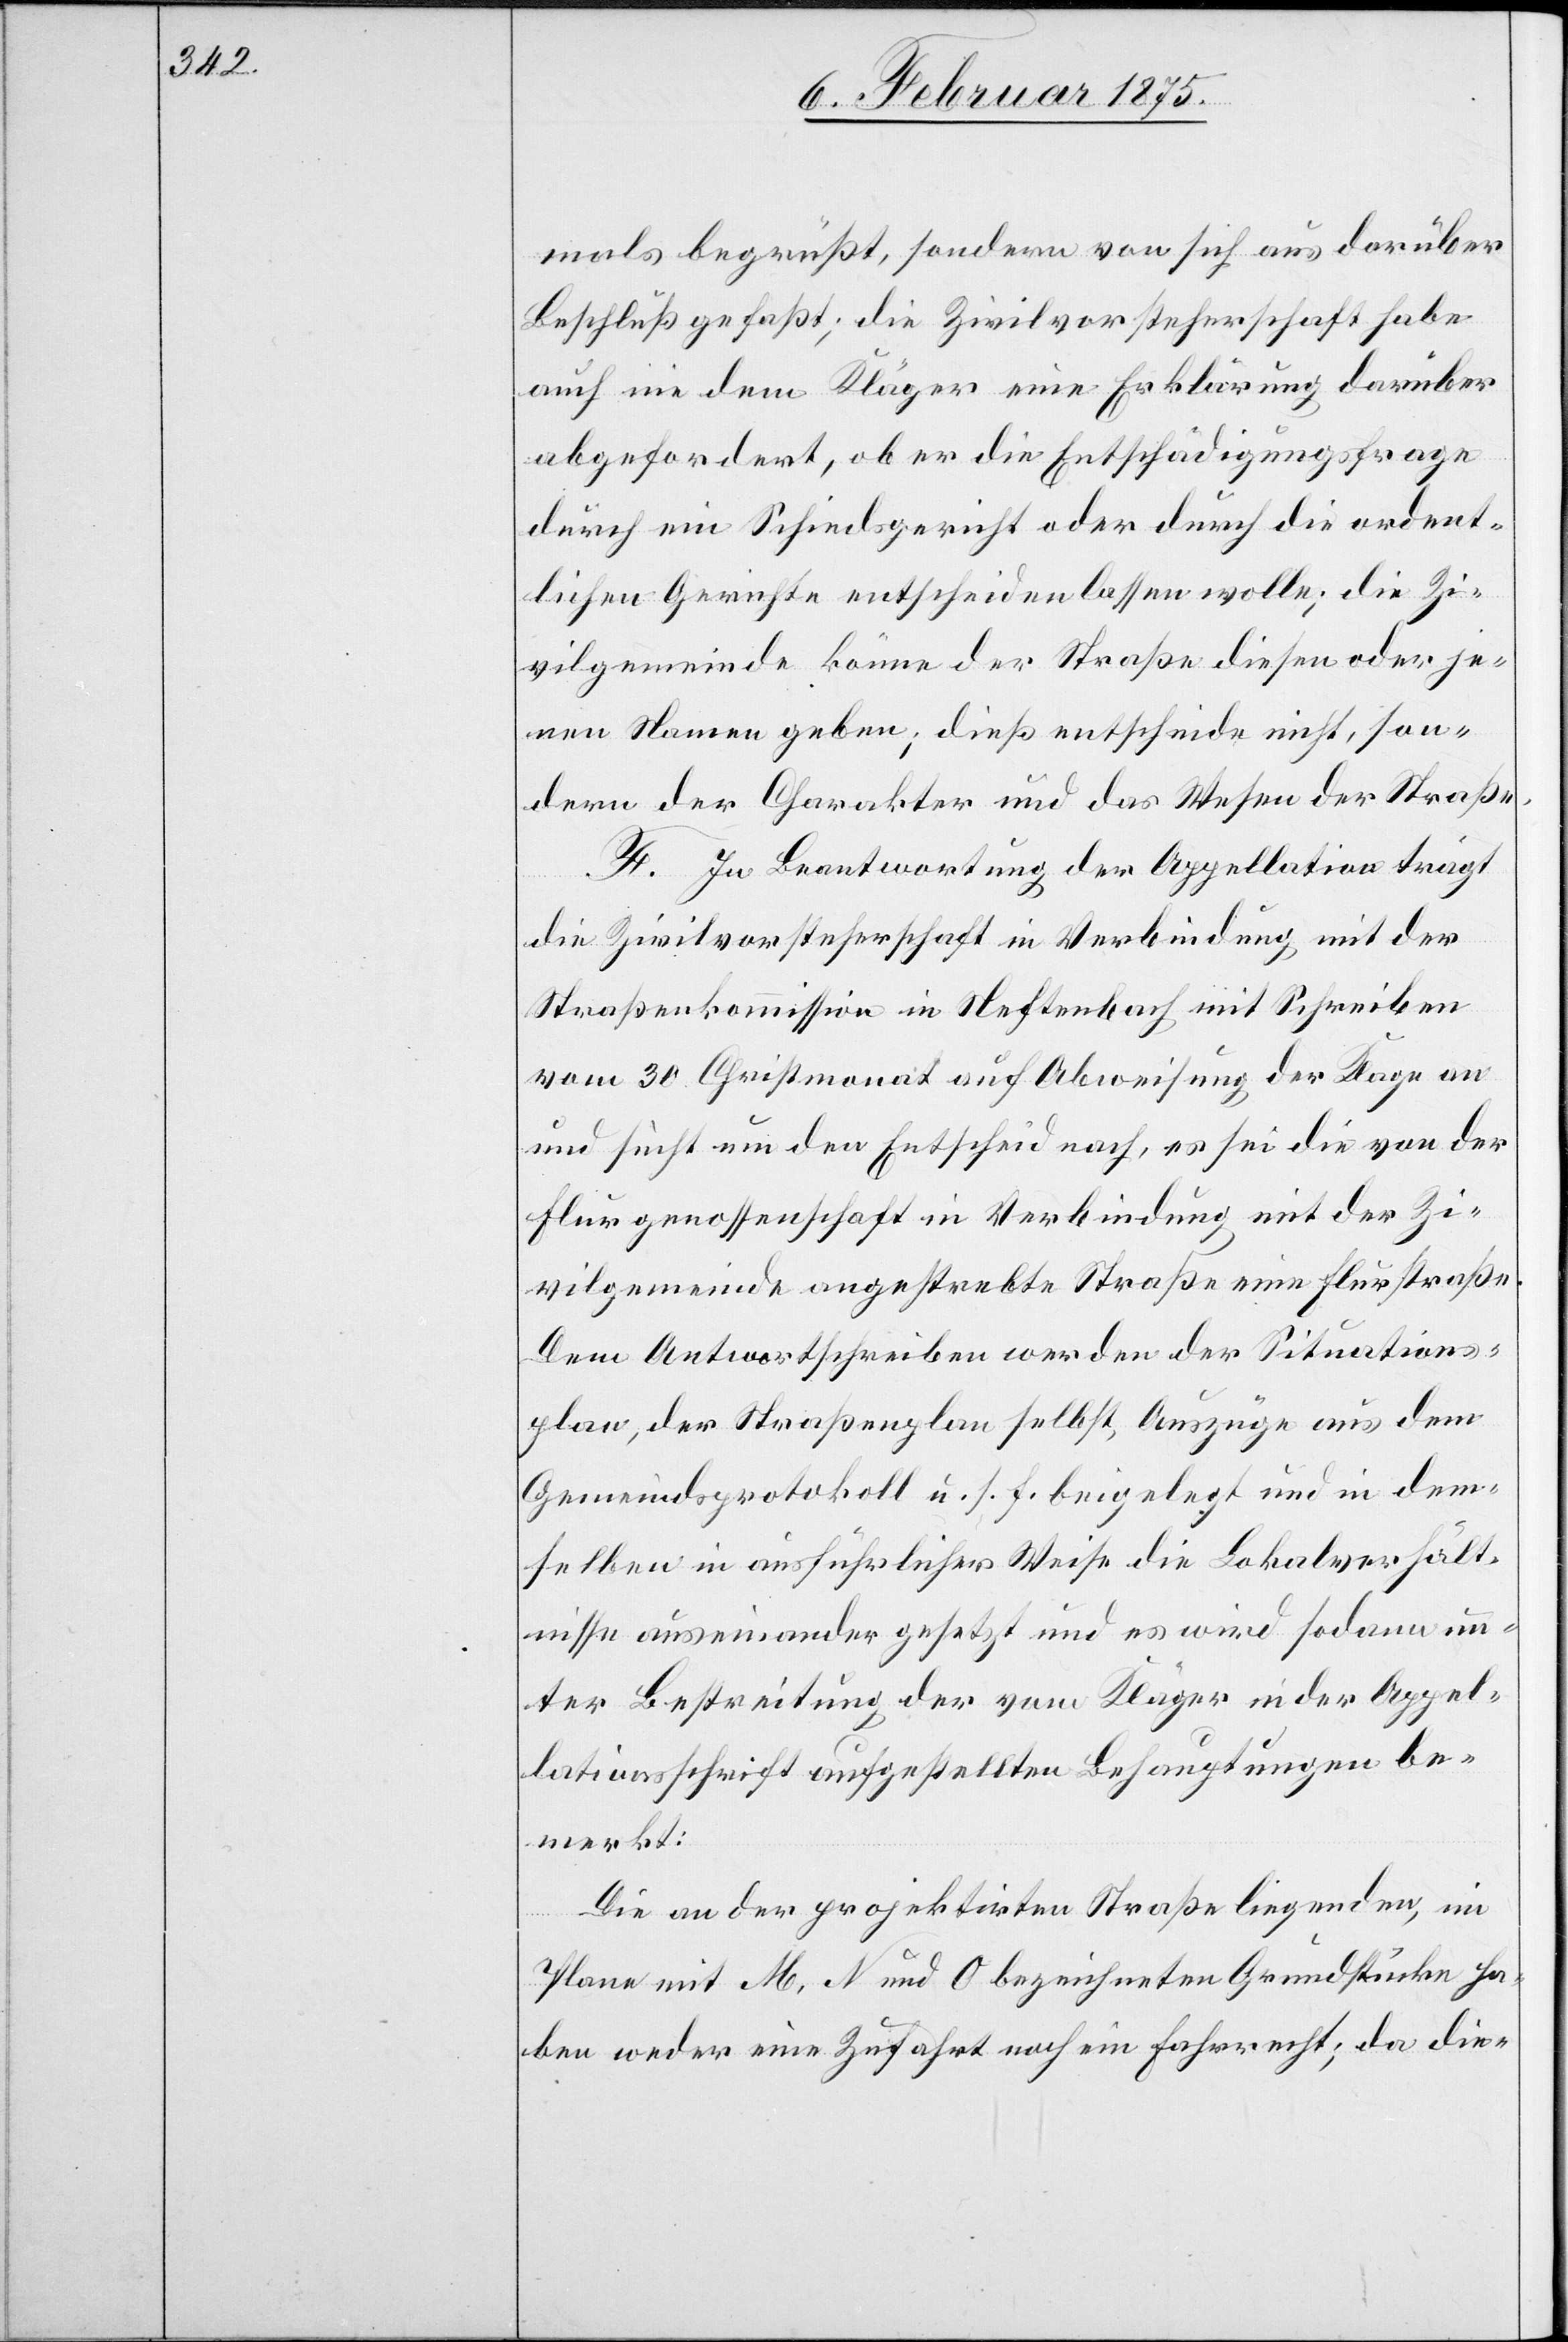
mals begrüßt, sondern von sich aus darüber
Beschluß gefaßt, die Zivilvorsteherschaft habe
auch nie dem Kläger eine Erklärung darüber
abgefordert, ob er die Entschädigungsfrage
durch ein Schiedsgericht oder durch die ordent¬
lichen Gerichte entscheiden lassen wolle; die Zi¬
vilgemeinde könne der Straße diesen oder je¬
nen Namen geben; dieß entscheide nicht, son¬
dern der Charakter und das Wesen der Straße.
F. In Beantwortung der Appellation trägt
die Zivilvorsteherschaft in Neftenbach mit Schr¬
vom 30. Christmonat auf Abweisung der Klage an
und sucht um den Entscheid nach, es sei die von der
Flurgenossenschaft in Verbindung mit der Zi¬
vilgemeinde angestrebte Straße eine Flurstraß.
Dem Antwortschreiben werden der Situations¬
plan, der Straßenplan selbst, Auszüge aus dem
Gemeindsprotokoll u. s. f. beigelegt und in dem¬
selben in ausführlicher Weise die Lokalverhält¬
nisse auseinander gesetzt und es wird sodann un¬
ter Bestreitung der vom Kläger in der Appel¬
lationsschrift aufgestellten Behauptungen be¬
merkt:
Die an der projektirten Straße liegenden, im
eiben
Plane mit M, N und O bezeichneten Grundstücke ha¬
ben weder eine Zufahrt noch ein Fahrrecht; da die-